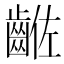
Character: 𪘡